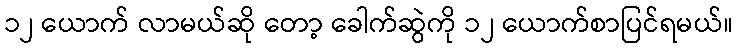
၁၂ ယောက် လာမယ်ဆို တော့ ခေါက်ဆွဲကို ၁၂ ယောက်စာပြင်ရမယ်။